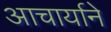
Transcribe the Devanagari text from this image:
आचार्याने